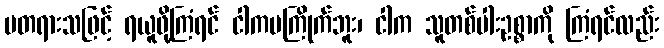
မတရားသဖြင့် ရယူဖို့ကြံရင် ငါကမကြိုက်ဘူး၊ ငါက သူတစ်ပါးဥစ္စာကို ကြံရင်လည်း